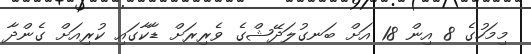
މިމަހުގެ 8 އިން 18 އަށް ބަނގުލަދޭޝްގެ ވެރިރަށް ޑާކާގައި ކުރިއަށް ގެންދާ